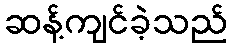
ဆန့်ကျင်ခဲ့သည်